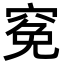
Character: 𥦙